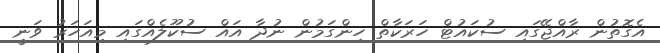
އެގޮތުން ރާއްޖޭގައި ސުކައުޓް ހަރަކާތް ހިންގަމުން ނުދާ އައް ސުކޫލެއްގައި މިއަހަރު ވަނީ